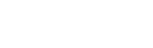
ကုသိုလ်အကျိုး